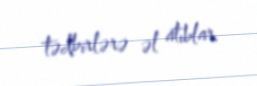
tədbirlərə əl atıblar.